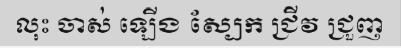
លុះ ចាស់ ឡើង ស្បែក ជ្រីវ ជ្រួញ